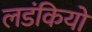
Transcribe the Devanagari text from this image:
लडंकियो